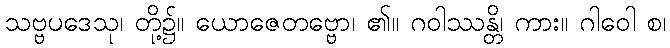
သဗ္ဗပဒေသု၊ တို့၌။ ယောဇေတဗ္ဗော၊ ၏။ ဂဝါဿန္တိ၊ ကား။ ဂါဝေါ စ၊